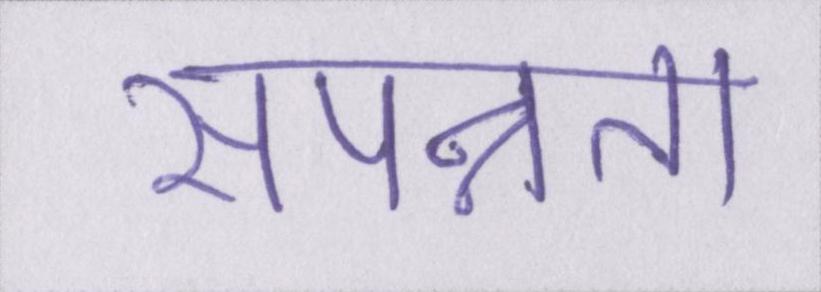
संपन्नता